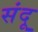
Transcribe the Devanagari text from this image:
संदू